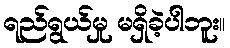
ရည်ရွယ်မှု မရှိခဲ့ပါဘူး။